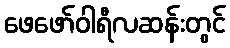
ဖေဖော်ဝါရီလဆန်းတွင်